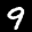
Label: 9